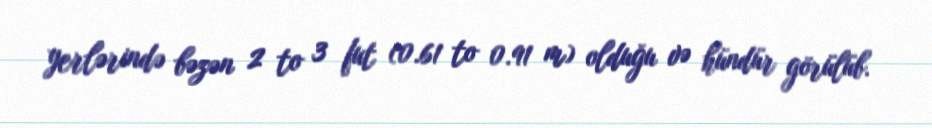
yerlərində bəzən 2 to 3 fut (0.61 to 0.91 m) olduğu və hündür görülüb.